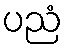
ပညံ